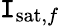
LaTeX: \mathtt{I}_{\mathrm{{sat}},f}